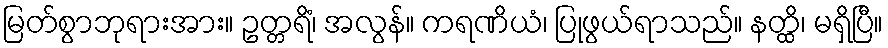
မြတ်စွာဘုရားအား။ ဥတ္တရိံ၊ အလွန်။ ကရဏိယံ၊ ပြုဖွယ်ရာသည်။ နတ္ထိ၊ မရှိပြီ။